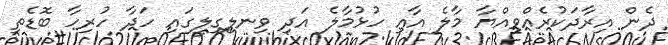
ދެން އިރާދަކުރެއްވިއްޔާ މާލެ އާއި ހުޅުމާލެ އަދި ވިނލިގިލީގައި ހަދާ ހުރިހާ ބޮޑެތި